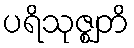
ပရိသုဇ္ဈတိ